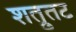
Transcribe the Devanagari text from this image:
शत्रुतट